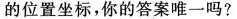
作一个平行四边形，试写出第四个顶点的位置坐标，